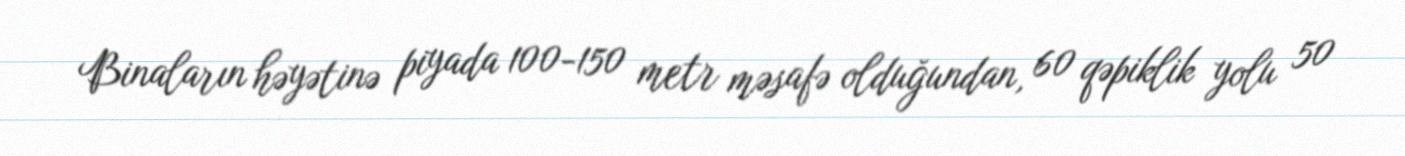
Binaların həyətinə piyada 100-150 metr məsafə olduğundan, 60 qəpiklik yolu 50